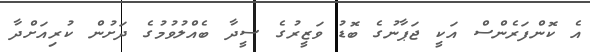
އެ ކޮންފަރެންސް އަކީ ޖަޕާނުގެ ބޮޑު ވަޒީރުގެ ސީދާ ބެއްލުވުމުގެ ދަށުން ކުރިއަށްދާ